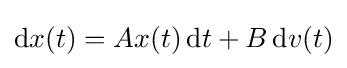
\mathrm {d} x(t)=Ax(t)\,\mathrm {d} t+B\,\mathrm {d} v(t)